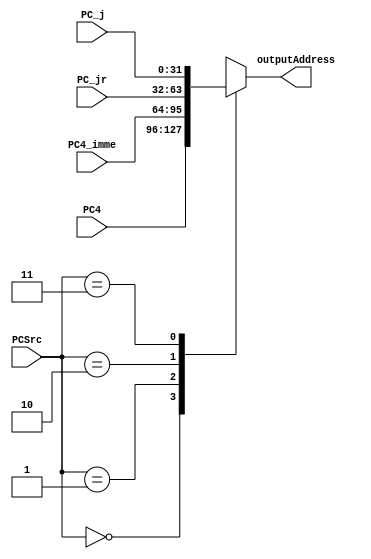
`timescale 1ns / 1ps
//////////////////////////////////////////////////////////////////////////////////
// Company: 
// Engineer: 
// 
// Design Name: 
// Module Name: PCAddress_MUX
// Project Name: 
// Target Devices: 
// Tool Versions: 
// Description: 
// 
// Dependencies: 
// 
// Revision:
// Revision 0.01 - File Created
// Additional Comments:
// 
//////////////////////////////////////////////////////////////////////////////////

//PC41
module PCAddress_MUX(
    input [1:0]PCSrc,
    input [31:0]PC4,        //PC + 4
    input [31:0]PC4_imme,   //PC + 4 + beqbltz
    input [31:0]PC_jr,      //jr
    input [31:0]PC_j,       //j
    output reg [31:0]outputAddress
    );
    always @(PCSrc or PC4 or PC4_imme or PC_jr or PC_j) begin
        case (PCSrc)
            2'b00 : outputAddress = PC4;
            2'b01 : outputAddress = PC4_imme;
            2'b10 : outputAddress = PC_jr;
            2'b11 : outputAddress = PC_j;
        endcase
    end
endmodule